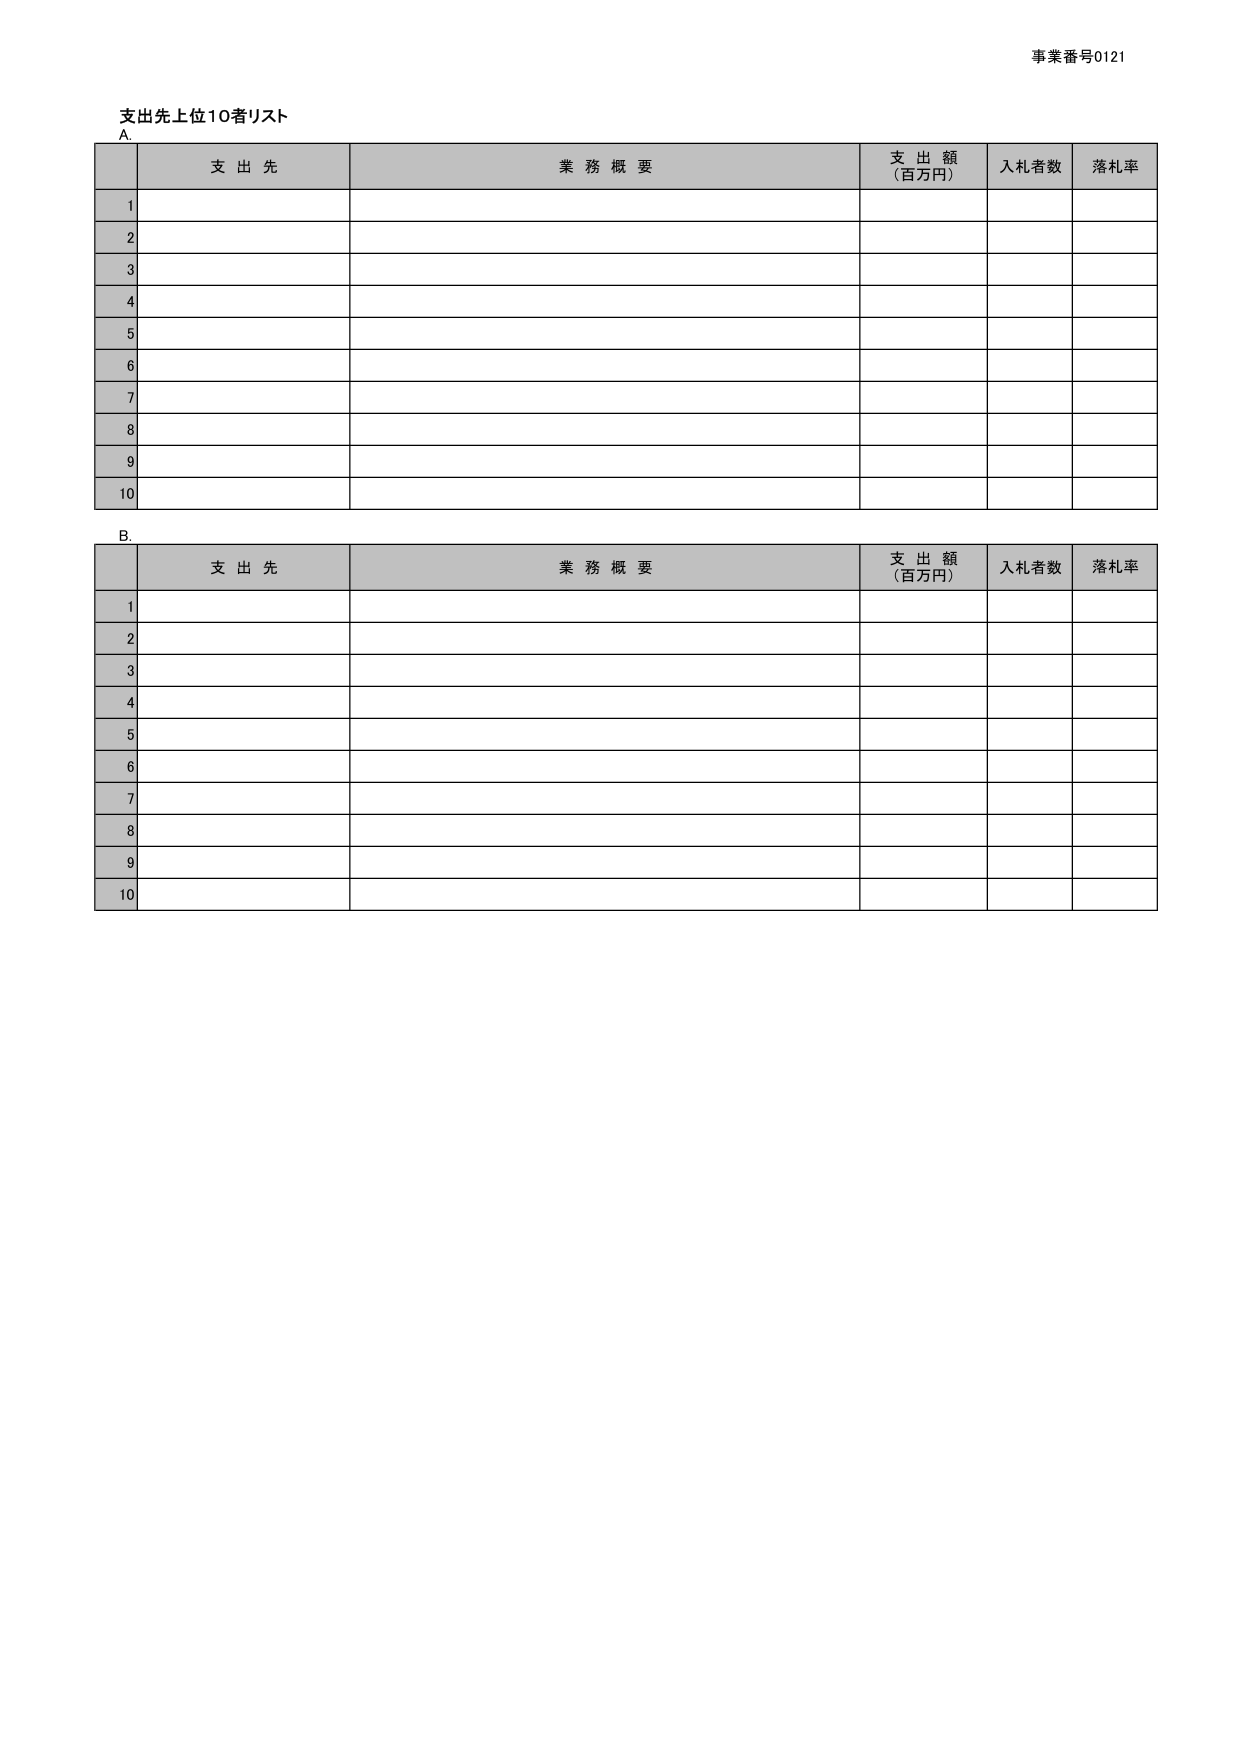
事業番号0121

支出先上位10者リスト
A.
支 出 先 業 務 概 要 支 出 額 （百万円） 入札者数 落札率
1
2
3
4
5
6
7
8
9
10

B.
支 出 先 業 務 概 要 支 出 額 （百万円） 入札者数 落札率
1
2
3
4
5
6
7
8
9
10